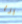
انا